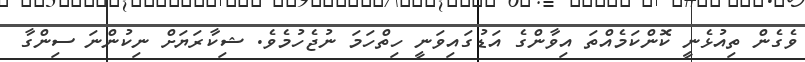
ވެގެން ތިއުޅެނީ ކޮންކަމެއްތަ އިވާންގެ އަޑުގައިވަނީ ހިތްހަމަ ނުޖެހުމެވެ. ޝިކާރަޔަށް ނިކުންނަ ސިންގާ